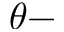
\theta -